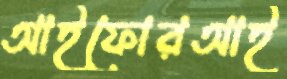
আইফোরআই